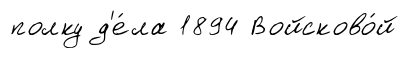
полку д'е́ла 1894 Войсково́й